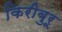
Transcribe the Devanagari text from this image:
किरीबुरू